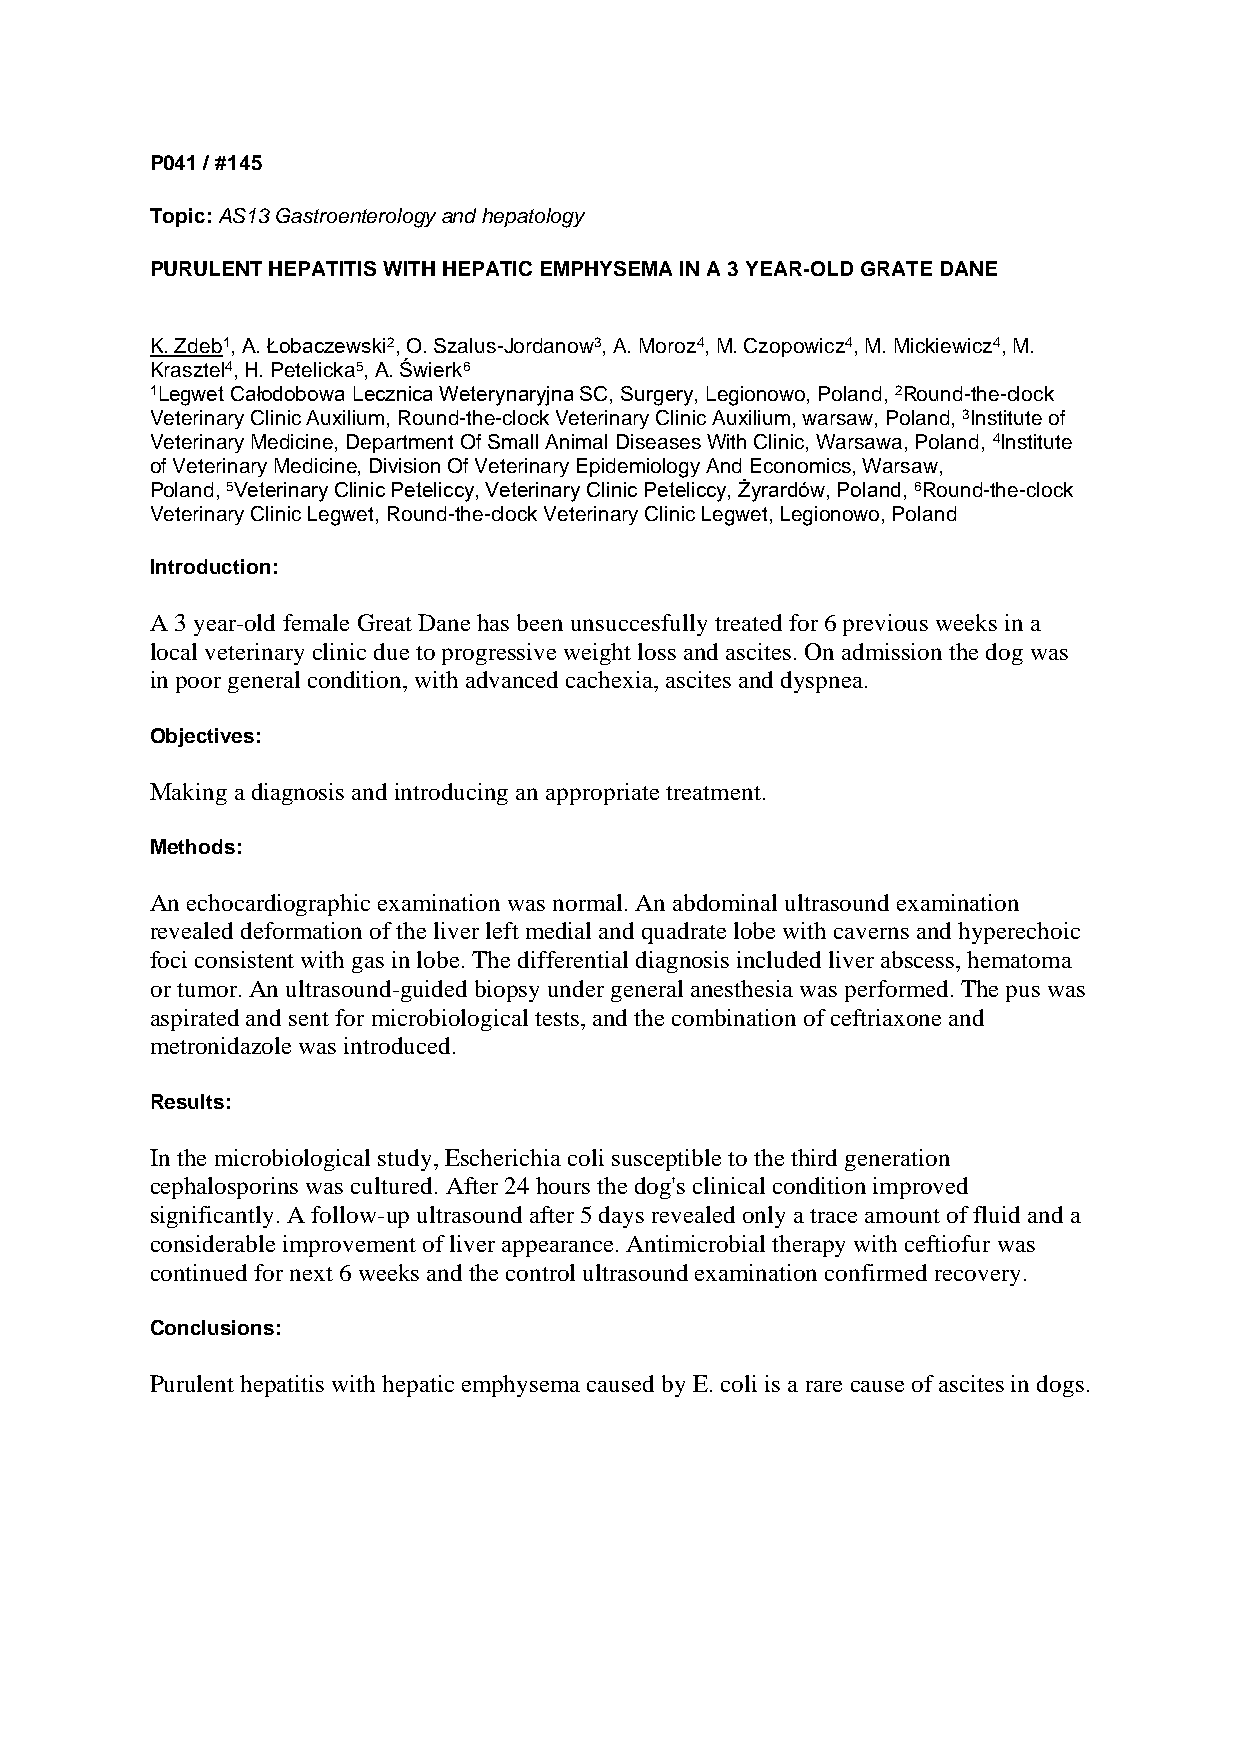
P041 / #145
 Topic: AS13 Gastroenterology and hepatology
 PURULENT HEPATITIS WITH HEPATIC EMPHYSEMA IN A 3 YEAR-OLD GRATE DANE
 K. Zdeb1, A. Łobaczewski2, O. Szalus-Jordanow3, A. Moroz4, M. Czopowicz4, M. Mickiewicz4, M.
 Krasztel4, H. Petelicka5, A. Świerk6
 1Legwet Całodobowa Lecznica Weterynaryjna SC, Surgery, Legionowo, Poland, 2Round-the-clock
 Veterinary Clinic Auxilium, Round-the-clock Veterinary Clinic Auxilium, warsaw, Poland, 3Institute of
 Veterinary Medicine, Department Of Small Animal Diseases With Clinic, Warsawa, Poland, 4Institute
 of Veterinary Medicine, Division Of Veterinary Epidemiology And Economics, Warsaw,
 Poland, 5Veterinary Clinic Peteliccy, Veterinary Clinic Peteliccy, Żyrardów, Poland, 6Round-the-clock
 Veterinary Clinic Legwet, Round-the-clock Veterinary Clinic Legwet, Legionowo, Poland
 Introduction:
 A 3 year-old female Great Dane has been unsuccesfully treated for 6 previous weeks in a
 local veterinary clinic due to progressive weight loss and ascites. On admission the dog was
 in poor general condition, with advanced cachexia, ascites and dyspnea.
 Objectives:
 Making a diagnosis and introducing an appropriate treatment.
 Methods:
 An echocardiographic examination was normal. An abdominal ultrasound examination
 revealed deformation of the liver left medial and quadrate lobe with caverns and hyperechoic
 foci consistent with gas in lobe. The differential diagnosis included liver abscess, hematoma
 or tumor. An ultrasound-guided biopsy under general anesthesia was performed. The pus was
 aspirated and sent for microbiological tests, and the combination of ceftriaxone and
 metronidazole was introduced.
 Results:
 In the microbiological study, Escherichia coli susceptible to the third generation
 cephalosporins was cultured. After 24 hours the dog's clinical condition improved
 significantly. A follow-up ultrasound after 5 days revealed only a trace amount of fluid and a
 considerable improvement of liver appearance. Antimicrobial therapy with ceftiofur was
 continued for next 6 weeks and the control ultrasound examination confirmed recovery.
 Conclusions:
 Purulent hepatitis with hepatic emphysema caused by E. coli is a rare cause of ascites in dogs.